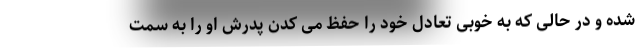
شده و در حالی که به خوبی تعادل خود را حفظ می کدن پدرش او را به سمت